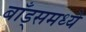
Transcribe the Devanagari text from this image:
बाँड्समध्ये